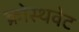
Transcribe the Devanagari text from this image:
क्रोस्थवेट